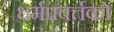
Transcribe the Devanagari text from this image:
धर्मप्रवर्त्तकों